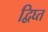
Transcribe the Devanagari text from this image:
द्विघ्त